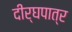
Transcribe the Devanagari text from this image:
दीर्घपात्र